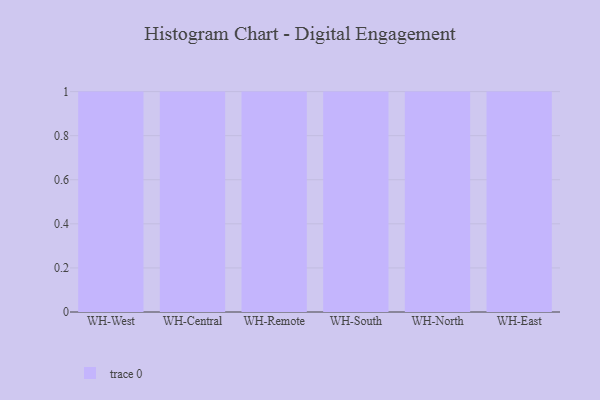
{"axis": {"x": "Warehouse", "y": "Gross Profit (USD K)"}, "legend": [""], "data": [{"x": "WH-West", "y": 58, "type": ""}, {"x": "WH-Central", "y": 90, "type": ""}, {"x": "WH-Remote", "y": 35, "type": ""}, {"x": "WH-South", "y": 70, "type": ""}, {"x": "WH-North", "y": 57, "type": ""}, {"x": "WH-East", "y": 48, "type": ""}]}